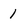
Character: 1